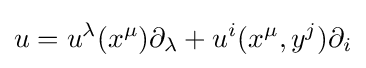
u=u^{\lambda }(x^{\mu })\partial _{\lambda }+u^{i}(x^{\mu },y^{j})\partial _{i}